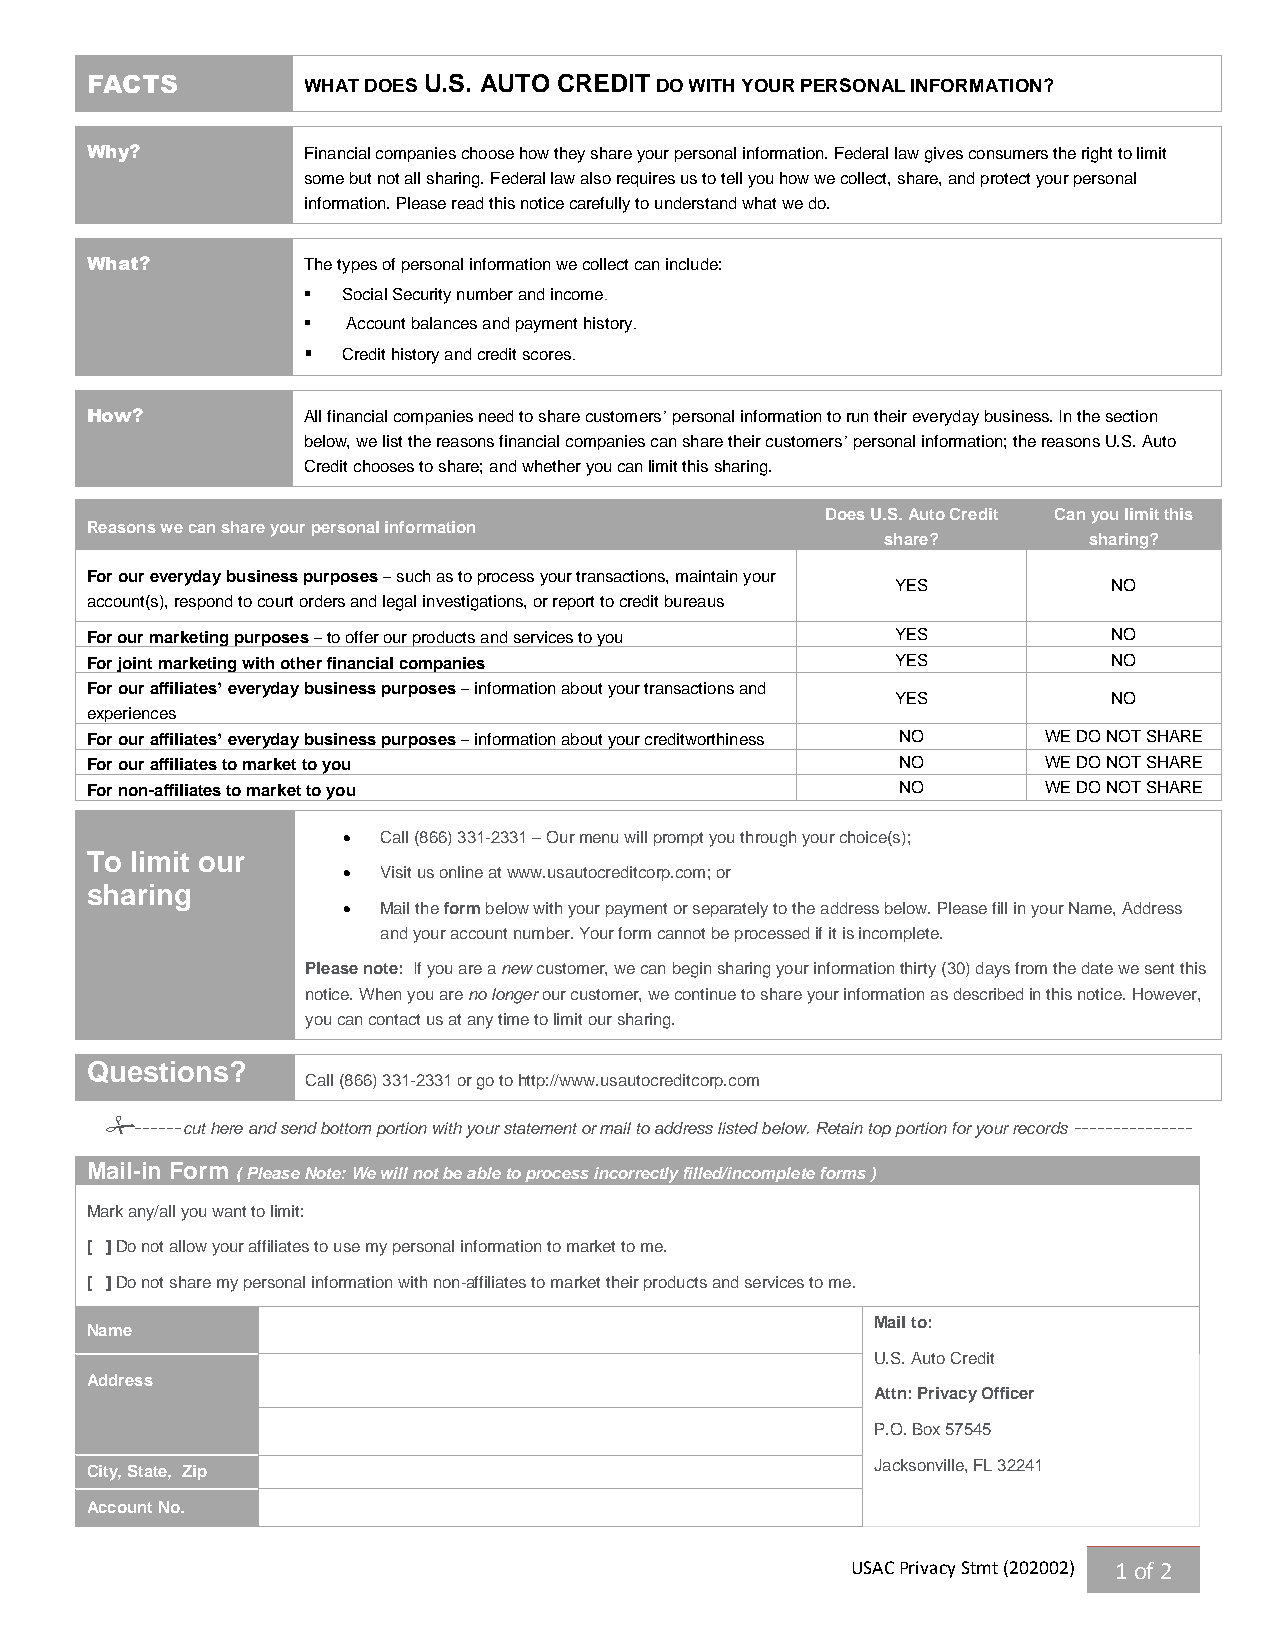
FACTS         WHAT DOES U.S. AUTO CREDIT DO WITH YOUR PERSONAL INFORMATION?
 Why?          Financial companies choose how they share your personal information. Federal law gives consumers the right to limit
 some but not all sharing. Federal law also requires us to tell you how we collect, share, and protect your personal
 information. Please read this notice carefully to understand what we do.
 What?         The types of personal information we collect can include:
   Social Security number and income.
   Account balances and payment history.
   Credit history and credit scores.
 How?          All financial companies need to share customers’ personal information to run their everyday business. In the section
 below, we list the reasons financial companies can share their customers’ personal information; the reasons U.S. Auto
 Credit chooses to share; and whether you can limit this sharing.
 Does U.S. Auto Credit Can you limit this
 Reasons we can share your personal information
 share?       sharing?
 For our everyday business purposes – such as to process your transactions, maintain your
 YES            NO
 account(s), respond to court orders and legal investigations, or report to credit bureaus
 For our marketing purposes – to offer our products and services to you YES NO
 For joint marketing with other financial companies   YES            NO
 For our affiliates’ everyday business purposes – information about your transactions and
 YES            NO
 experiences
 For our affiliates’ everyday business purposes – information about your creditworthiness NO WE DO NOT SHARE
 For our affiliates to market to you                   NO       WE DO NOT SHARE
 For non-affiliates to market to you                   NO       WE DO NOT SHARE
  Call (866) 331-2331 – Our menu will prompt you through your choice(s);
 To limit our
  Visit us online at www.usautocreditcorp.com; or
 sharing
  Mail the form below with your payment or separately to the address below. Please fill in your Name, Address
 and your account number. Your form cannot be processed if it is incomplete.
 Please note: If you are a new customer, we can begin sharing your information thirty (30) days from the date we sent this
 notice. When you are no longer our customer, we continue to share your information as described in this notice. However,
 you can contact us at any time to limit our sharing. 
 Questions?
 Call (866) 331-2331 or go to http://www.usautocreditcorp.com
 ------cut here and send bottom portion with your statement or mail to address listed below. Retain top portion for your records ---------------
 Mail-in Form ( Please Note: We will not be able to process incorrectly filled/incomplete forms )
 Mark any/all you want to limit:
 [ ] Do not allow your affiliates to use my personal information to market to me.
 [ ] Do not share my personal information with non-affiliates to market their products and services to me.
 Mail to:
 Name
 U.S. Auto Credit
 Address
 Attn: Privacy Officer
 P.O. Box 57545
 City, State, Zip
 Jacksonville, FL 32241
 Account No.
 USAC Privacy Stmt (202002) 1 of 2